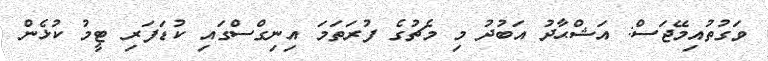
ވަގުތުއިމޭޖަސް: އަޝްޙާދު އަބުދު މި މެޗުގެ ފުރަތަމަ އިނިގްސްގައި ކުޑަފަރި ޓީމު ކުޅެން